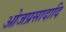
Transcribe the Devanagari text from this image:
ओजप्रसादादि